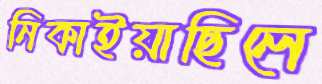
নিকাইয়াছিলে